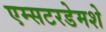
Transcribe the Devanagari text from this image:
एम्सटरडेमशे